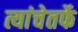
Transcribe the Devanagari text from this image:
त्यांचेतर्फे